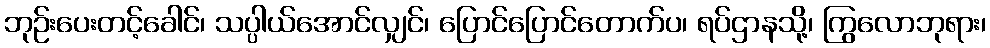
ဘုဉ်းပေးတင့်ခေါင်၊ သပ္ပါယ်အောင်လျှင်၊ ပြောင်ပြောင်တောက်ပ၊ ရပ်ဌာနသို့၊ ကြွလောဘုရား၊